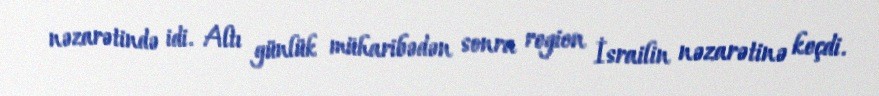
nəzarətində idi. Altı günlük müharibədən sonra region İsrailin nəzarətinə keçdi.